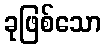
ခုဖြစ်သော